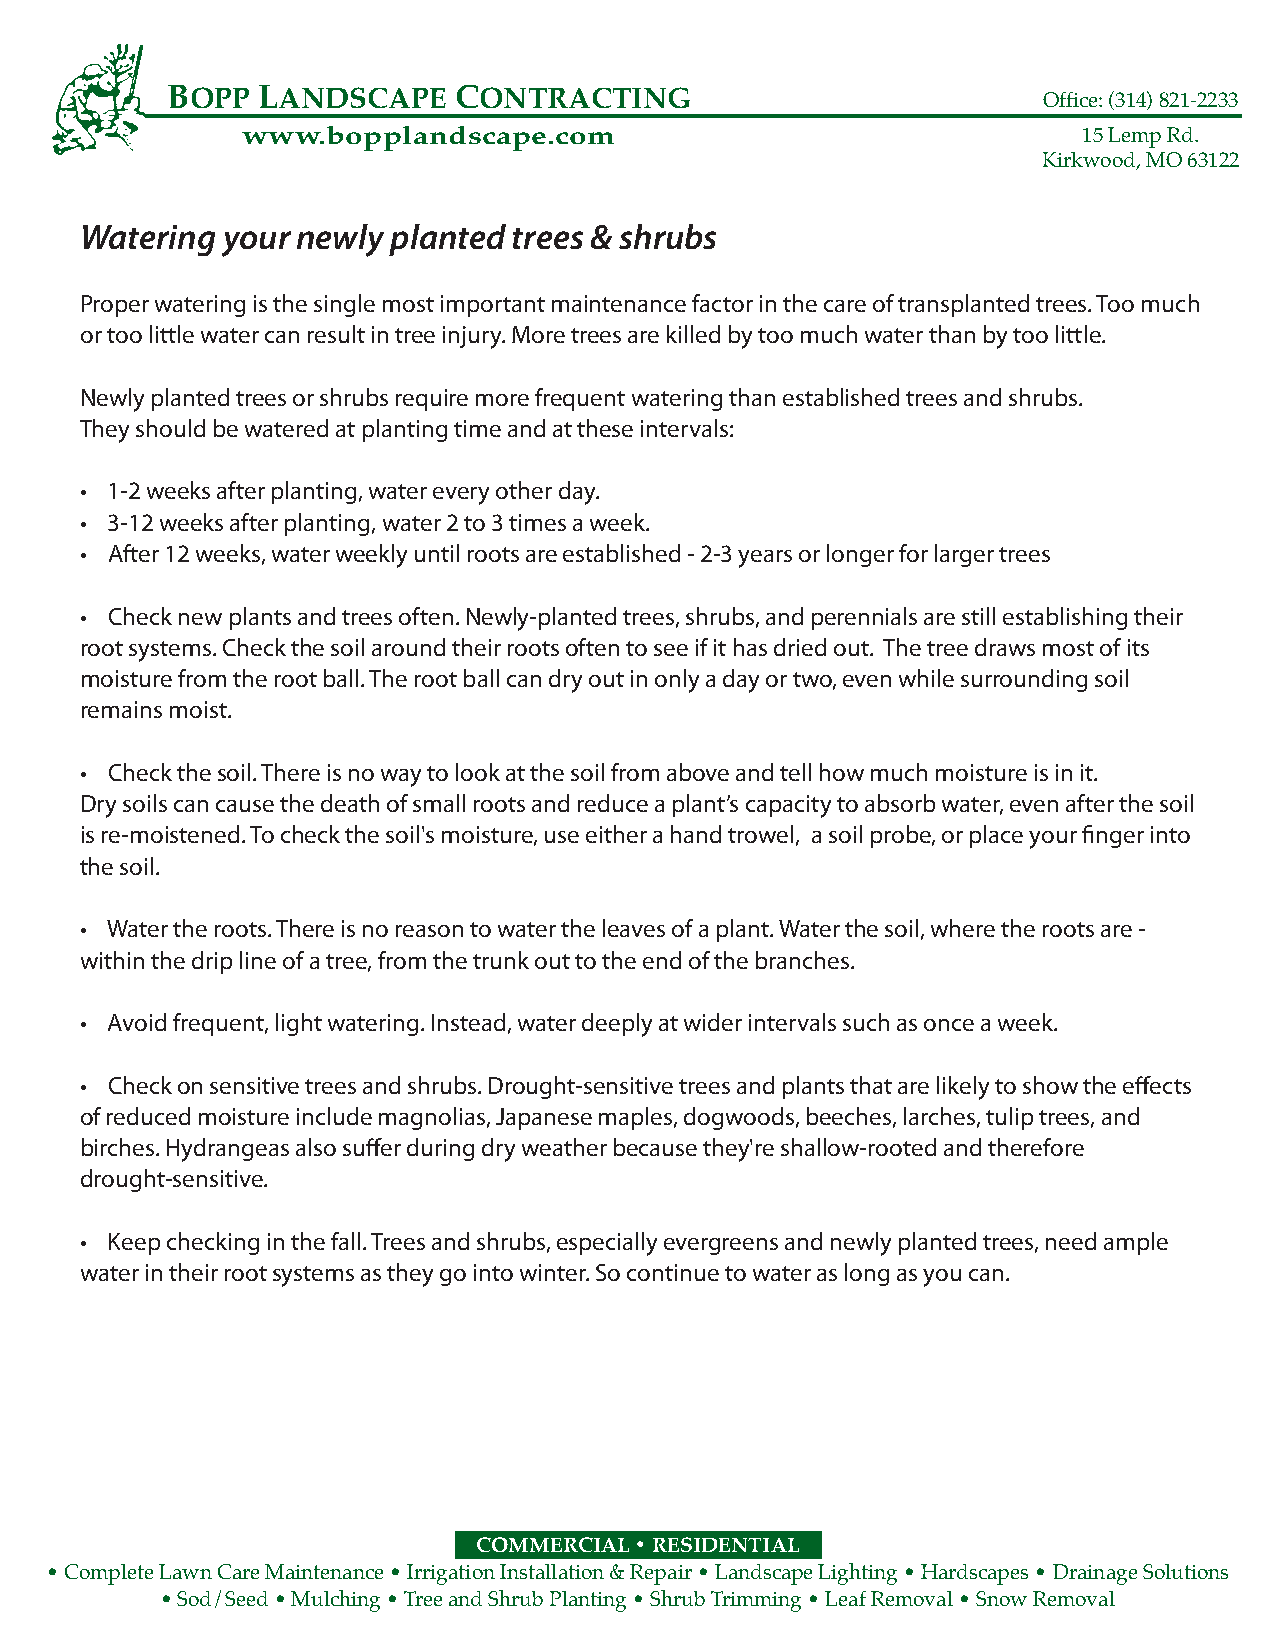
BOPP  LANDSCAPE    CONTRACTING                            Office: (314) 821-2233
 www.bopplandscape.com                                   15 Lemp Rd.
 Kirkwood, MO 63122
 Watering  your newly planted trees & shrubs
 Proper watering is the single most important maintenance factor in the care of transplanted trees. Too much
 or too little water can result in tree injury. More trees are killed by too much water than by too little.
 Newly planted trees or shrubs require more frequent watering than established trees and shrubs.
 They should be watered at planting time and at these intervals:
 • 1-2 weeks after planting, water every other day.
 • 3-12 weeks after planting, water 2 to 3 times a week.
 • After 12 weeks, water weekly until roots are established - 2-3 years or longer for larger trees
 • Check new plants and trees often. Newly-planted trees, shrubs, and perennials are still establishing their
 root systems. Check the soil around their roots often to see if it has dried out. The tree draws most of its
 moisture from the root ball. The root ball can dry out in only a day or two, even while surrounding soil
 remains moist.
 • Check the soil. There is no way to look at the soil from above and tell how much moisture is in it.
 Dry soils can cause the death of small roots and reduce a plant’s capacity to absorb water, even after the soil
 is re-moistened. To check the soil's moisture, use either a hand trowel, a soil probe, or place your finger into
 the soil.
 • Water the roots. There is no reason to water the leaves of a plant. Water the soil, where the roots are -
 within the drip line of a tree, from the trunk out to the end of the branches.
 • Avoid frequent, light watering. Instead, water deeply at wider intervals such as once a week.
 • Check on sensitive trees and shrubs. Drought-sensitive trees and plants that are likely to show the effects
 of reduced moisture include magnolias, Japanese maples, dogwoods, beeches, larches, tulip trees, and
 birches. Hydrangeas also suffer during dry weather because they're shallow-rooted and therefore
 drought-sensitive.
 • Keep checking in the fall. Trees and shrubs, especially evergreens and newly planted trees, need ample
 water in their root systems as they go into winter. So continue to water as long as you can.
 COMMERCIAL • RESIDENTIAL
 • Complete Lawn Care Maintenance • Irrigation Installation & Repair • Landscape Lighting • Hardscapes • Drainage Solutions
 • Sod/Seed • Mulching • Tree and Shrub Planting • Shrub Trimming • Leaf Removal • Snow Removal